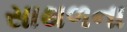
સાથળના